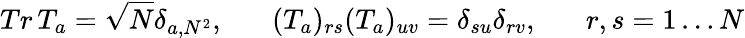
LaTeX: Tr\, T_{a}=\sqrt N\delta_{a,N^{2}},\; \; \; \; \; \; (T_{a})_{rs}(T_{a})_{uv}=\delta_{su}\delta_{rv},\; \; \; \; \; \; r,s=1\ldots N